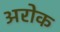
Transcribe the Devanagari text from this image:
अरोक